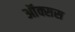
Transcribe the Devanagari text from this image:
ऑक्सस